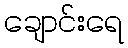
ချောင်းရေ